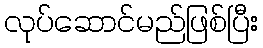
လုပ်ဆောင်မည်ဖြစ်ပြီး